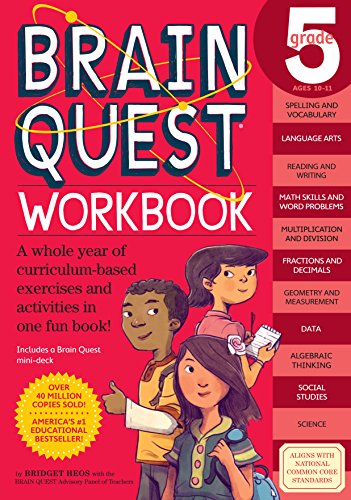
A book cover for Brain Quest Workbook: Grade 5; Bridget Heos; Test Preparation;